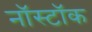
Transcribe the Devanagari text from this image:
नॉस्टॉक